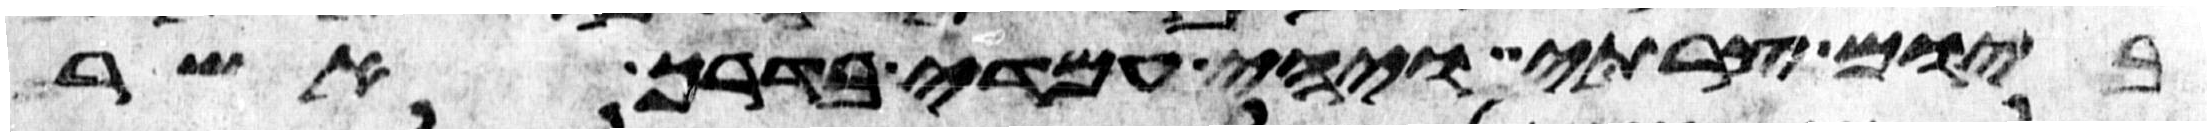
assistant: ביום צרתי ויהי עמדי בדרך אשר